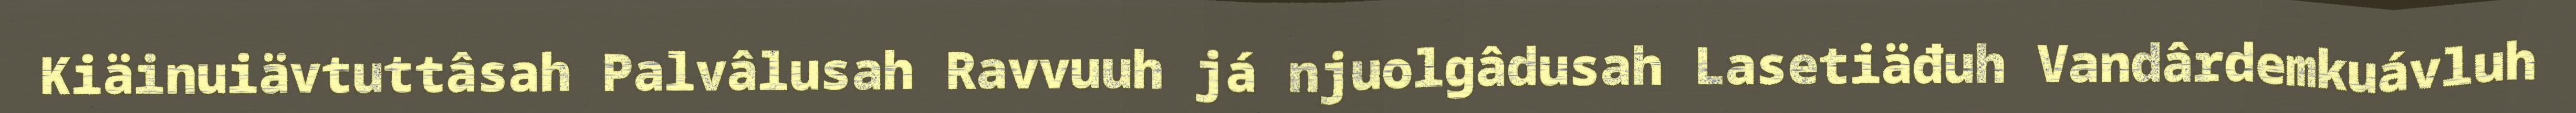
Kiäinuiävtuttâsah Palvâlusah Ravvuuh já njuolgâdusah Lasetiäđuh Vandârdemkuávluh